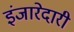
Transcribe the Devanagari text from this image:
इंजारेदारी